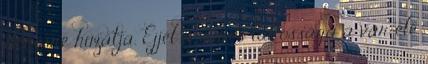
deresre húzatja. Éjjel a város lakossága a vár elé